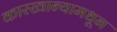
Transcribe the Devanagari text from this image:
कारखान्यामधून